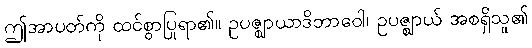
ဤအာပတ်ကို ထင်စွာပြုရာ၏။ ဥပဇ္ဈာယာဒိဘာဝေါ၊ ဥပဇ္ဈာယ် အစရှိသူ၏